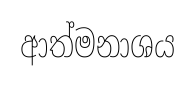
ආත්මනාශය